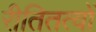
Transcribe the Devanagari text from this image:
रीतितत्वों